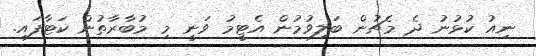
ނިއު ކުޅުނު ދެ މެޗުން ބަލިވުމުން އެޓީމު ވަނީ މި މުބާރާތުން ކަޓާފައި.